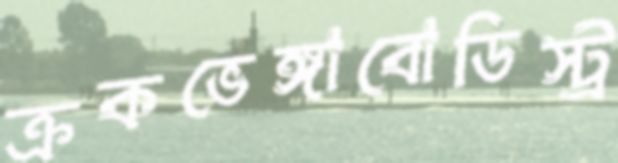
ক্রকভেঙ্গাবোডিস্ট্র